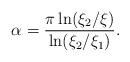
LaTeX: \begin{align*} \alpha =\frac{\pi \ln (\xi _2/\xi )}{\ln (\xi _2/\xi _1)}.\end{align*}